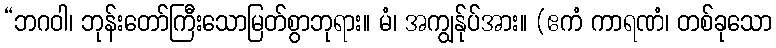
“ဘဂဝါ၊ ဘုန်းတော်ကြီးသောမြတ်စွာဘုရား။ မံ၊ အကျွန်ုပ်အား။ (ဧကံ ကာရဏံ၊ တစ်ခုသော